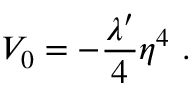
V _ { 0 } = - { \frac { \lambda ^ { \prime } } { 4 } } \eta ^ { 4 } \ .